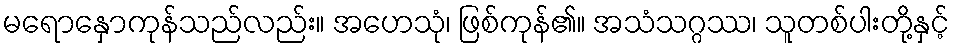
မရောနှောကုန်သည်လည်း။ အဟေသုံ၊ ဖြစ်ကုန်၏။ အသံသဂ္ဂဿ၊ သူတစ်ပါးတို့နှင့်